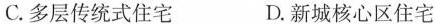
C.多层传统式住宅 D.新城核心区住宅